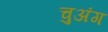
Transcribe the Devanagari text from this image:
चुअंग